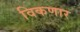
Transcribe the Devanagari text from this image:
विकणार